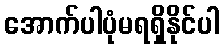
အောက်ပါပုံမရရှိနိုင်ပါ